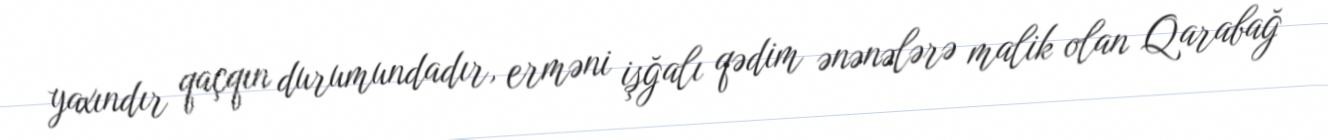
yaxındır qaçqın durumundadır, erməni işğalı qədim ənənələrə malik olan Qarabağ